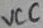
Text: VCC